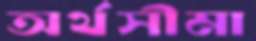
অর্থসীমা